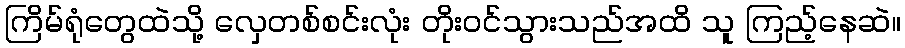
ကြိမ်ရုံတွေထဲသို့ လှေတစ်စင်းလုံး တိုးဝင်သွားသည်အထိ သူ ကြည့်နေဆဲ။